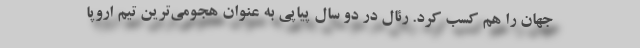
جهان را هم کسب کرد. رئال در دو سال پیاپی به عنوان هجومی‌ترین تیم اروپا